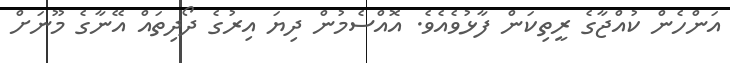
އަންހެން ކުއްޖާގެ ރީތިކަން ފާޅުވެއެވެ. އޮއްސެމުން ދިޔަ އިރުގެ ދޯދިތައް އޭނާގެ މޫނަށް